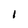
Character: I